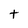
Character: t